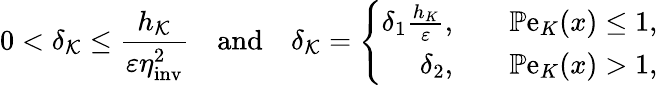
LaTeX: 0<\delta_{\mathcal{K}}\leq\frac{{h_{\mathcal{K}}}}{{\varepsilon\eta_{\mathrm{{inv}}}^{2}}}\quad\mathrm{{and}}\quad\delta_{\mathcal{K}}=\left\{ \begin{array}{ll}{\begin{array}{rl}{\delta_{1}\frac{h_{K}}{\varepsilon},\quad}&{\mathbb{P}\mathrm{e}_{K}(x)\leq 1,}\\ {\delta_{2},\quad}&{\mathbb{P}\mathrm{e}_{K}(x)>1,}\end{array}}\end{array}\right.